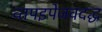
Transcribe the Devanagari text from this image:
व्तपइपेजवदद्ध